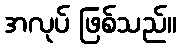
အလုပ် ဖြစ်သည်။